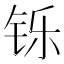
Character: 铄